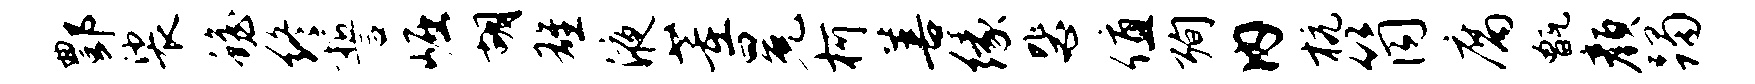
酆裟蟾终誓崛胡雄液董冕柯善缘毖值殉内杭筒腐甑颜躅